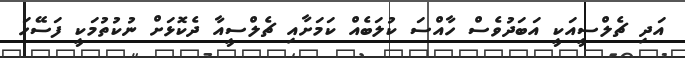
އަދި ޗެލްސީއަކީ އަބަދުވެސް ހާއްސަ ކުލަބެއް ކަމަށާއި ޗެލްސީއާ ދެކޮޅަށް ނުކުތުމަކީ ފަސޭހަ